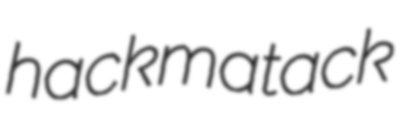
hackmatack